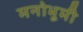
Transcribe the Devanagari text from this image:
मनोभूमी